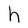
Character: h